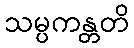
သမ္ပကန္တတိ